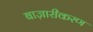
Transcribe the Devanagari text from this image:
बाज़ारीकरण